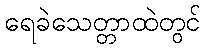
ရေခဲသေတ္တာထဲတွင်